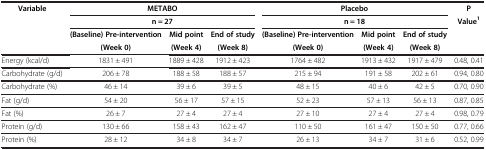
<table><thead><tr><td rowspan="3"><b>Variable</b></td><td colspan="3"><b>METABO</b></td><td colspan="3"><b>Placebo</b></td><td><b>P</b></td></tr><tr><td colspan="3"><b>n = 27</b></td><td colspan="3"><b>n = 18</b></td><td><b>Value<sup>1</sup></b></td></tr><tr><td><b>(Baseline) Pre-intervention</b></td><td><b>Mid point</b></td><td><b>End of study</b></td><td><b>(Baseline) Pre-intervention</b></td><td><b>Mid point</b></td><td><b>End of study</b></td><td><b> </b></td></tr><tr><td><b> </b></td><td><b>(Week 0)</b></td><td><b>(Week 4)</b></td><td><b>(Week 8)</b></td><td><b>(Week 0)</b></td><td><b>(Week 4)</b></td><td><b>(Week 8)</b></td><td><b> </b></td></tr></thead><tbody><tr><td>Energy (kcal/d)</td><td>1831 ± 491</td><td>1889 ± 428</td><td>1912 ± 423</td><td>1764 ± 482</td><td>1913 ± 432</td><td>1917 ± 479</td><td>0.48, 0.41</td></tr><tr><td>Carbohydrate (g/d)</td><td>206 ± 78</td><td>188 ± 58</td><td>188 ± 57</td><td>215 ± 94</td><td>191 ± 58</td><td>202 ± 61</td><td>0.94, 0.80</td></tr><tr><td>Carbohydrate (%)</td><td>46 ± 14</td><td>39 ± 6</td><td>39 ± 5</td><td>48 ± 15</td><td>40 ± 6</td><td>42 ± 5</td><td>0.70, 0.90</td></tr><tr><td>Fat (g/d)</td><td>54 ± 20</td><td>56 ± 17</td><td>57 ± 15</td><td>52 ± 23</td><td>57 ± 13</td><td>56 ± 13</td><td>0.87, 0.85</td></tr><tr><td>Fat (%)</td><td>26 ± 7</td><td>27 ± 4</td><td>27 ± 4</td><td>27 ± 10</td><td>27 ± 4</td><td>27 ± 4</td><td>0.98, 0.79</td></tr><tr><td>Protein (g/d)</td><td>130 ± 66</td><td>158 ± 43</td><td>162 ± 47</td><td>110 ± 50</td><td>161 ± 47</td><td>150 ± 50</td><td>0.77, 0.66</td></tr><tr><td>Protein (%)</td><td>28 ± 12</td><td>34 ± 8</td><td>34 ± 7</td><td>26 ± 13</td><td>34 ± 7</td><td>31 ± 6</td><td>0.52, 0.99</td></tr></tbody></table>